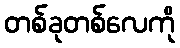
တစ်ခုတစ်လေကို